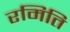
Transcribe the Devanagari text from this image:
रमिति